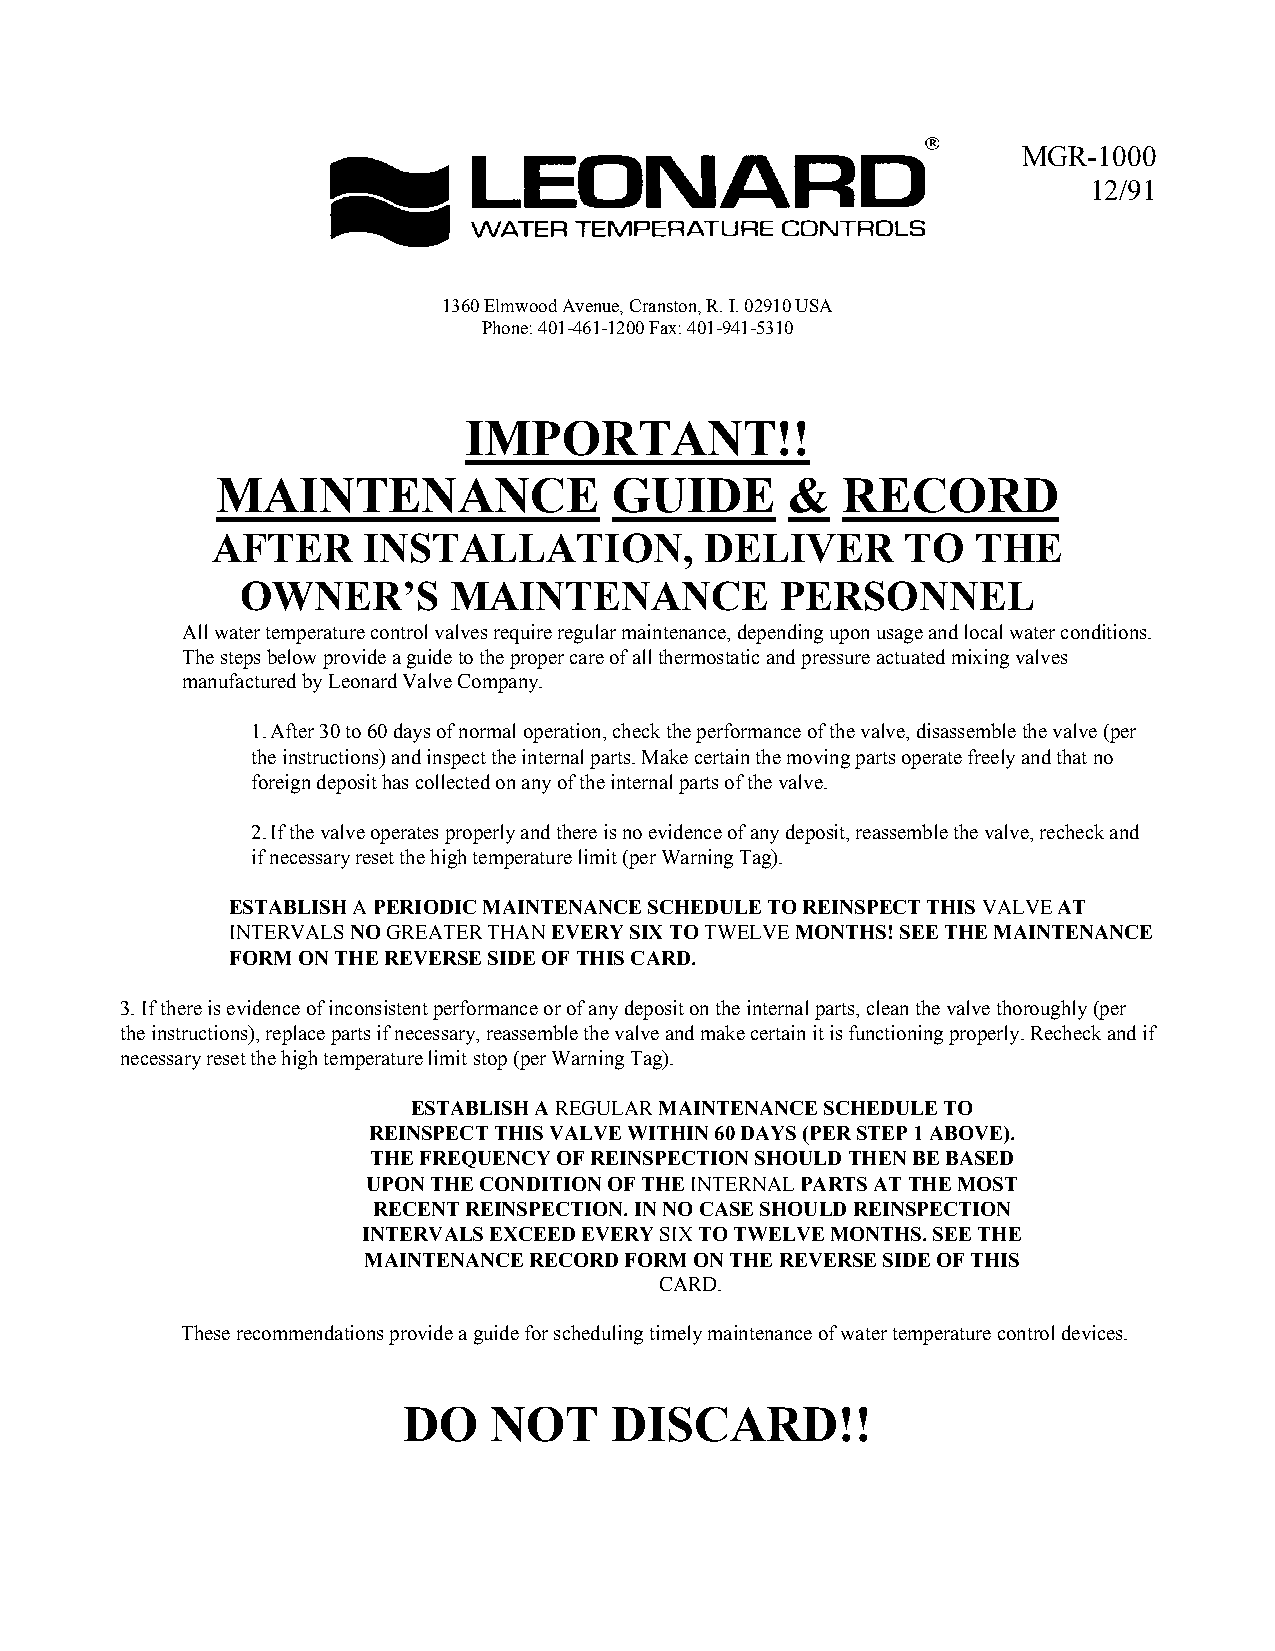
MGR-1000
 12/91
 1360 Elmwood Avenue, Cranston, R. I. 02910 USA
 Phone: 401-461-1200 Fax: 401-941-5310
 IMPORTANT!!
 MAINTENANCE                GUIDE      &   RECORD
 AFTER     INSTALLATION,          DELIVER      TO   THE
 OWNER’S       MAINTENANCE           PERSONNEL
 All water temperature control valves require regular maintenance, depending upon usage and local water conditions.
 The steps below provide a guide to the proper care of all thermostatic and pressure actuated mixing valves
 manufactured by Leonard Valve Company.
 1. After 30 to 60 days of normal operation, check the performance of the valve, disassemble the valve (per
 the instructions) and inspect the internal parts. Make certain the moving parts operate freely and that no
 foreign deposit has collected on any of the internal parts of the valve.
 2. If the valve operates properly and there is no evidence of any deposit, reassemble the valve, recheck and
 if necessary reset the high temperature limit (per Warning Tag).
 ESTABLISH A PERIODIC MAINTENANCE SCHEDULE TO REINSPECT THIS VALVE AT
 INTERVALS NO GREATER THAN EVERY SIX TO TWELVE MONTHS! SEE THE MAINTENANCE
 FORM ON THE REVERSE SIDE OF THIS CARD.
 3. If there is evidence of inconsistent performance or of any deposit on the internal parts, clean the valve thoroughly (per
 the instructions), replace parts if necessary, reassemble the valve and make certain it is functioning properly. Recheck and if
 necessary reset the high temperature limit stop (per Warning Tag).
 ESTABLISH A REGULAR MAINTENANCE SCHEDULE TO
 REINSPECT THIS VALVE WITHIN 60 DAYS (PER STEP 1 ABOVE).
 THE FREQUENCY OF REINSPECTION SHOULD THEN BE BASED
 UPON THE CONDITION OF THE INTERNAL PARTS AT THE MOST
 RECENT REINSPECTION. IN NO CASE SHOULD REINSPECTION
 INTERVALS EXCEED EVERY SIX TO TWELVE MONTHS. SEE THE
 MAINTENANCE RECORD FORM ON THE REVERSE SIDE OF THIS
 CARD.
 These recommendations provide a guide for scheduling timely maintenance of water temperature control devices.
 DO   NOT     DISCARD!!